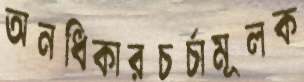
অনধিকারচর্চামূলক